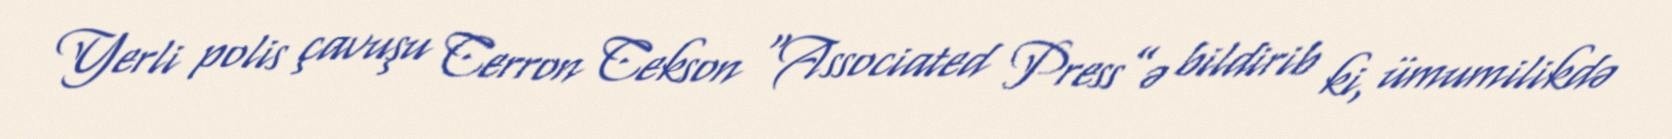
Yerli polis çavuşu Cerron Cekson “Associated Press”ə bildirib ki, ümumilikdə